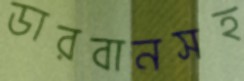
ডারবানসহ